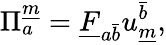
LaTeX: \Pi_{a}^{\underline{{{m}}}}=\underline{{{F}}}_{{a}{\bar{b}}}u_{\underline{{{m}}}}^{\bar{b}},